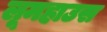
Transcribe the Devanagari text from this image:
लूमहाउस